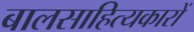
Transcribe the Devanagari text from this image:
बालसाहित्‍यकारों